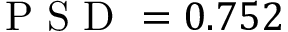
\mathrm { ~ P ~ S ~ D ~ } = 0 . 7 5 2